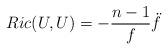
LaTeX: \begin{align*} Ric(U,U) = -\frac{n-1}{f}\ddot{f}\end{align*}